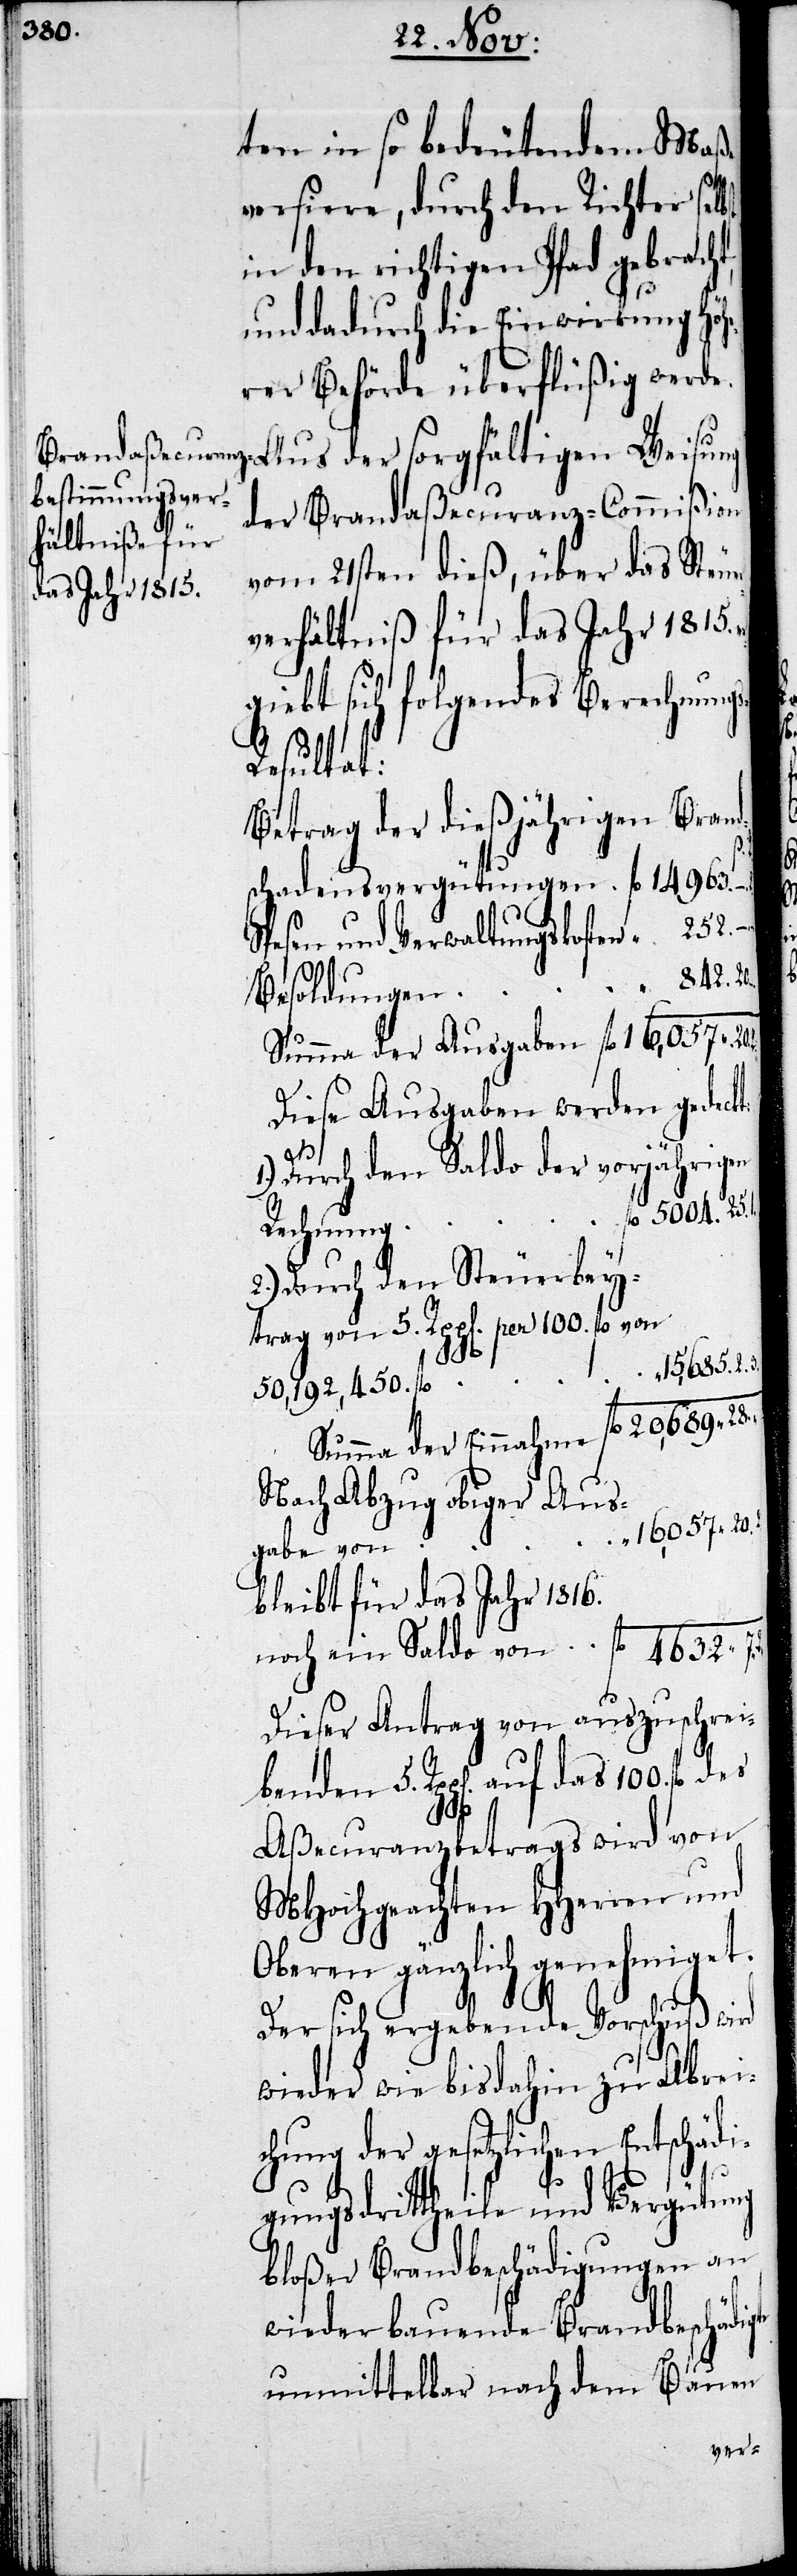
ten in so bedeutendem Maße
versiere, durch den Richter sel¬
in den richtigen Pfad gebracht,
und dadurch die Einwirkung Höhe¬
rer Behörde überflüßig werde.
der Brandaßecuranz-Commißion
vom 21sten dieß, über das Steu¬
verhältniß für das Jahr 1815.
giebt sich folgendes Berechnung¬
gte
s-Resultat:
Betrag der dießjährigen Brand¬
schadensvergütungen	fl.	14963.	–.	2.
Spesen und Verwaltungskoste¬
Summa der Ausgaben	fl.	16057.	20.	2.
Diese Ausgaben werden gedeckt:
1.) Durch den Saldo der vorjährigen
2.) Durch den Steuerbey¬
trag von 5. Rppen per 100. fl. von	f¬
l.	15685.	2.	3.
Summa der Einnahme	fl.	20689.	28.	–.
Nach Abzug obiger Aus¬
gabe von
bleibt für das Jahr 1816.
noch ein Saldo von	fl.	4632.	7.	2.
Dieser Antrag von auszuschrei¬
benden 5. Rppen auf das 100. fl.
Aßecuranzbetrags wird von
MHochgeachten HHerren und
Oberen gänzlich genehmiget.
Der sich ergebende Vorschuß wird
wieder wie bis dahin zu Abrei¬
chung der gesetzlichen Entschädi¬
gungsdrittheile und Vergütung
bloßer Brandbeschädigungen an
wieder bauende Brandbeschädi¬
unmittelbar nach dem Bauen
er¬